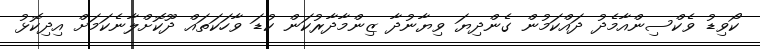
ކޯވިޑު ވެކްސިންއާމެދު ދައްކަމުން ގެންދިޔަ ވިޔާނުދާ ޒިންމާދާރުކަން ކުޑަ ވާހަކަތައް ދޫކޮށްލާނެކަމަށް އިދިކޮޅު